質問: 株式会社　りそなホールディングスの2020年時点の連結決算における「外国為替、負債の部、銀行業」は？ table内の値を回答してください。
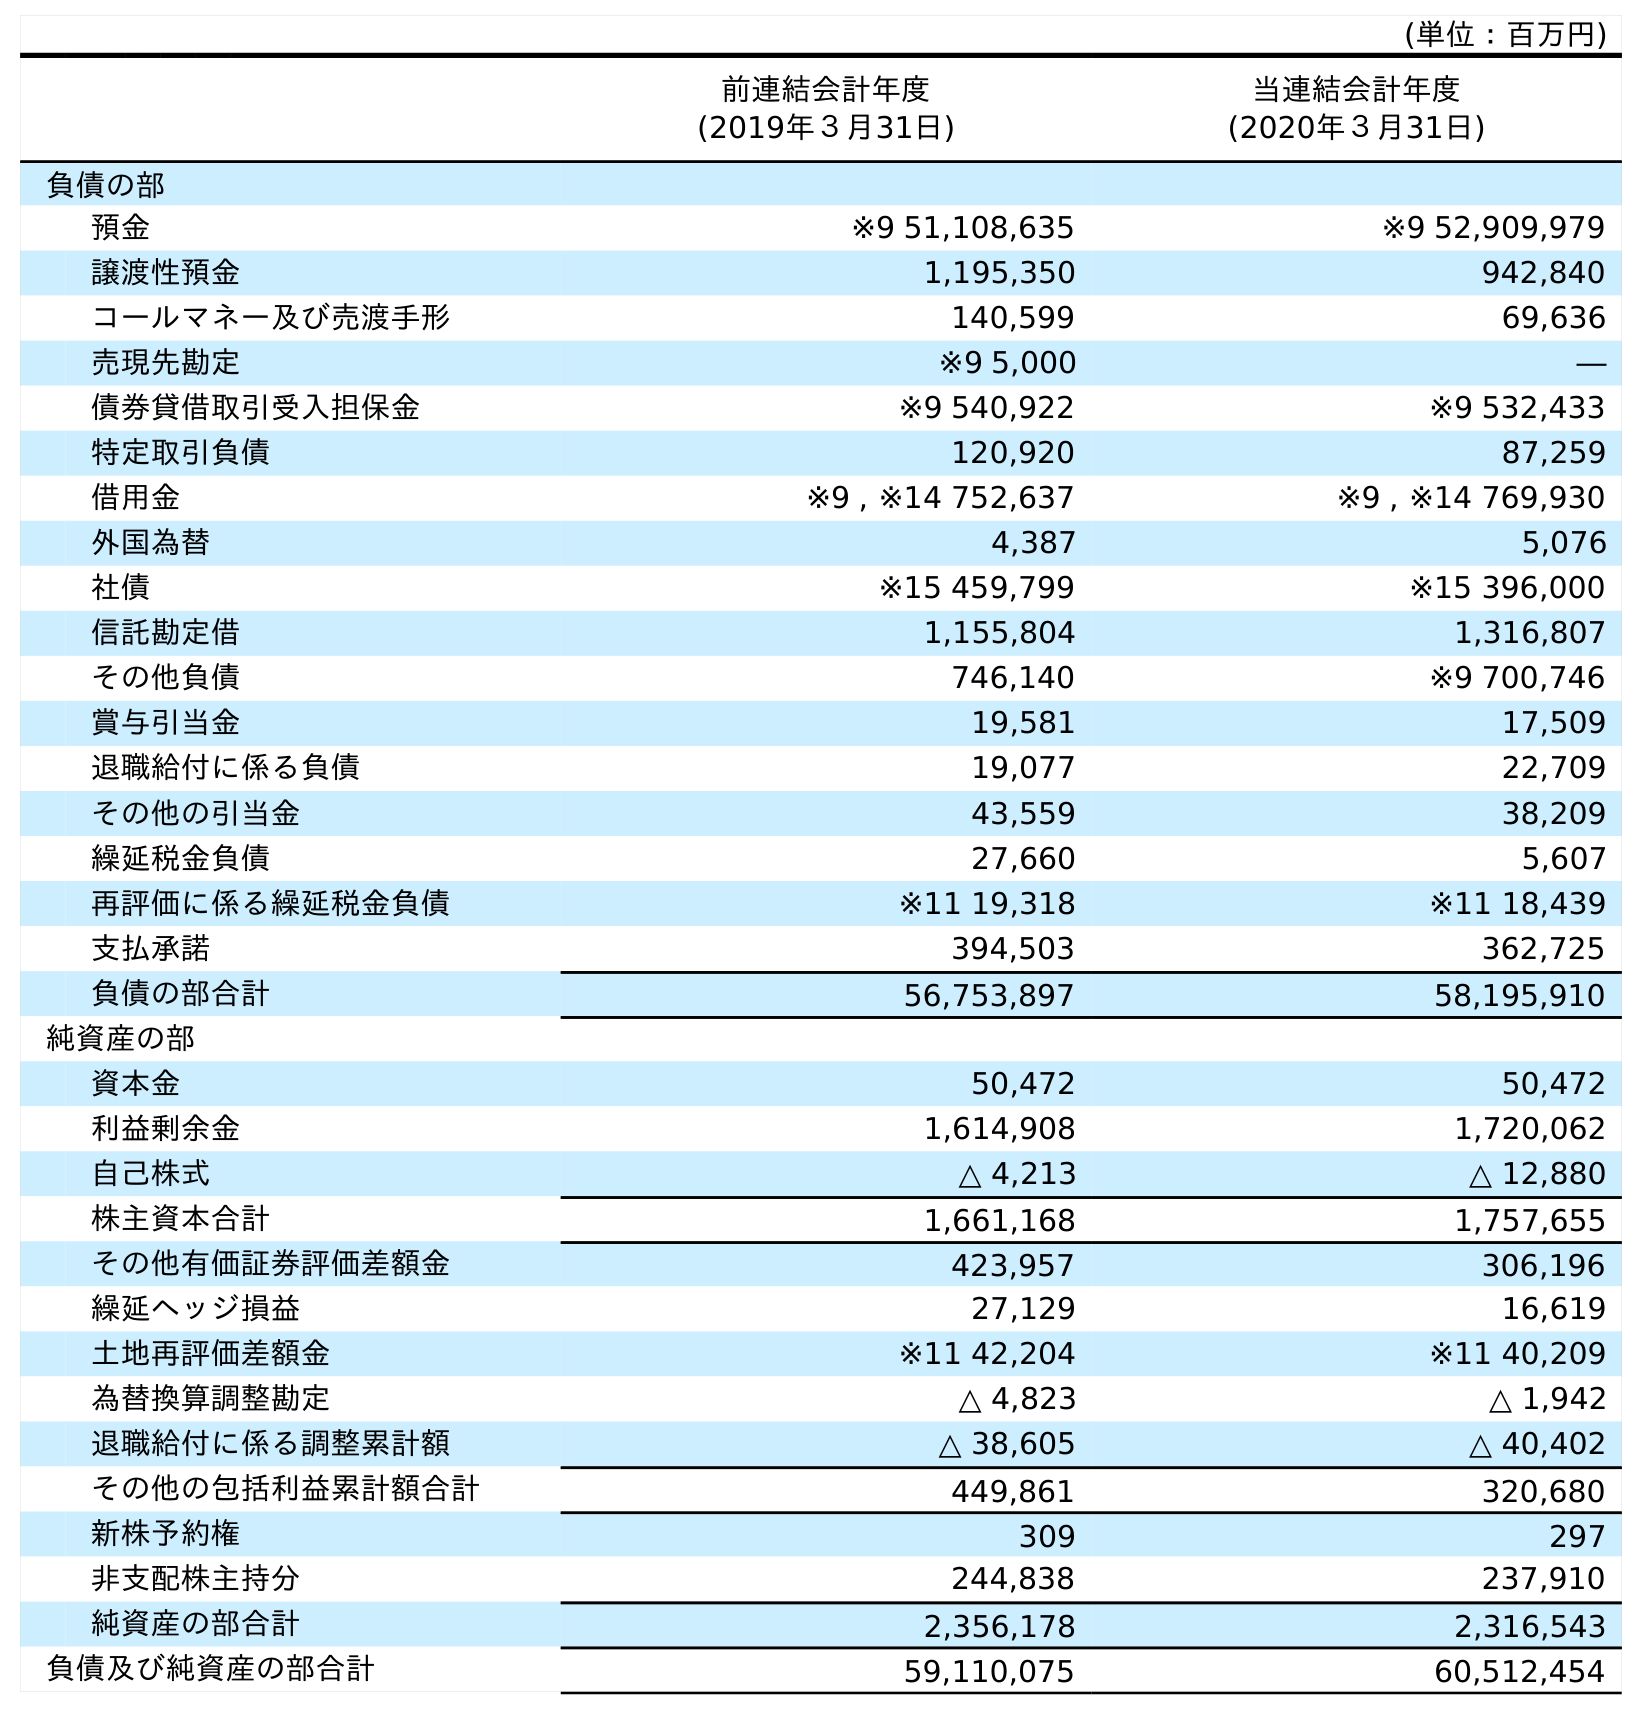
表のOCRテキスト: (単位：百万円) 前連結会計年度 (2019年３月31日) 当連結会計年度 (2020年３月31日) 負債の部 預金 ※9 51,108,635 ※9 52,909,979 譲渡性預金 1,195,350 942,840 コールマネー及び売渡手形 140,599 69,636 売現先勘定 ※9 5,000 ― 債券貸借取引受入担保金 ※9 540,922 ※9 532,433 特定取引負債 120,920 87,259 借用金 ※9 , ※14 752,637 ※9 , ※14 769,930 外国為替 4,387 5,076 社債 ※15 459,799 ※15 396,000 信託勘定借 1,155,804 1,316,807 その他負債 746,140 ※9 700,746 賞与引当金 19,581 17,509 退職給付に係る負債 19,077 22,709 その他の引当金 43,559 38,209 繰延税金負債 27,660 5,607 再評価に係る繰延税金負債 ※11 19,318 ※11 18,439 支払承諾 394,503 362,725 負債の部合計 56,753,897 58,195,910 純資産の部 資本金 50,472 50,472 利益剰余金 1,614,908 1,720,062 自己株式 △ 4,213 △ 12,880 株主資本合計 1,661,168 1,757,655 その他有価証券評価差額金 423,957 306,196 繰延ヘッジ損益 27,129 16,619 土地再評価差額金 ※11 42,204 ※11 40,209 為替換算調整勘定 △ 4,823 △ 1,942 退職給付に係る調整累計額 △ 38,605 △ 40,402 その他の包括利益累計額合計 449,861 320,680 新株予約権 309 297 非支配株主持分 244,838 237,910 純資産の部合計 2,356,178 2,316,543 負債及び純資産の部合計 59,110,075 60,512,454
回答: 5,076